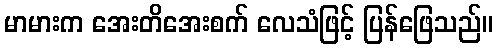
မာမားက အေးတိအေးစက် လေသံဖြင့် ပြန်ဖြေသည်။